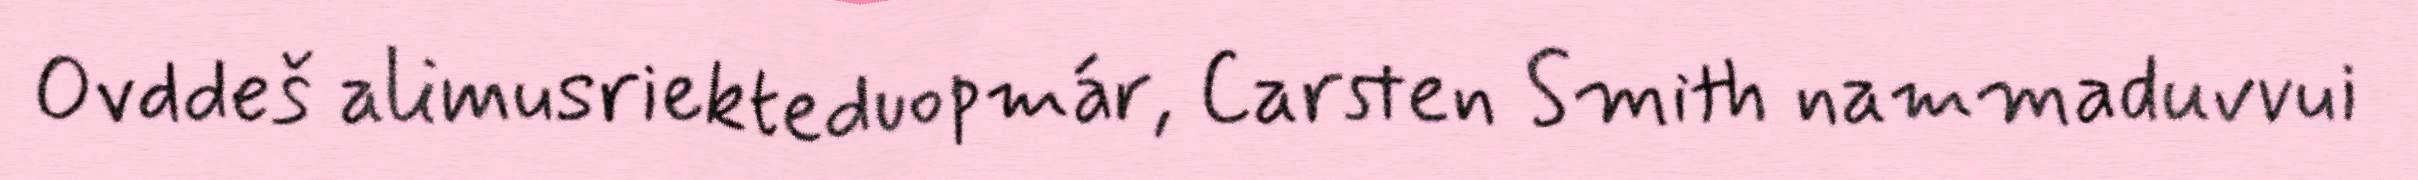
Ovddeš alimusriekteduopmár, Carsten Smith nammaduvvui